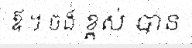
ឪ ។ ចង់ ខ្ពស់ បាន